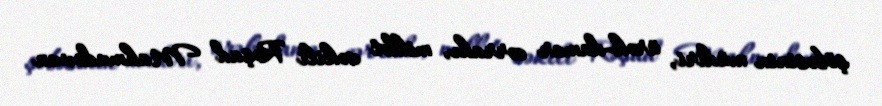
şöbəsinin müdiri, ürək-damar cərrahı, millət vəkili Rəşad Mahmudovun